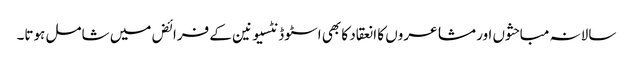
سالانہ مباحثوں اور مشاعروں کا انعقاد کا بھی اسٹوڈنٹسیونین کے فرائض میں شامل ہوتا۔